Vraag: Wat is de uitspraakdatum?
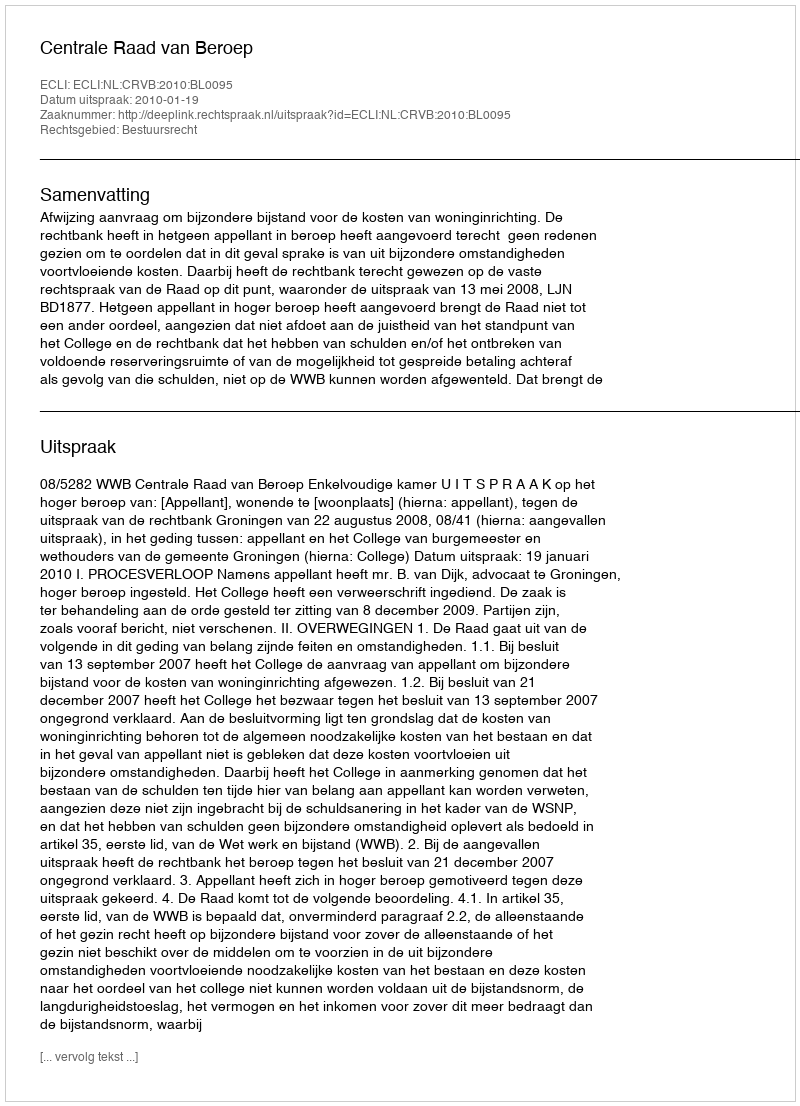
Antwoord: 2010-01-19